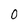
Character: 0